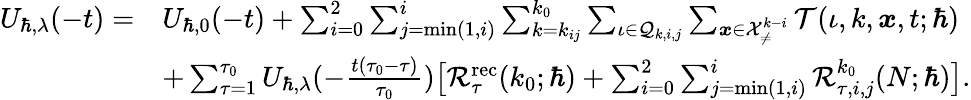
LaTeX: \begin{array}{rl}{U_{\hbar,\lambda}(-t)=}&{U_{\hbar,0}(-t)+\sum_{i=0}^{2}\sum_{j=\operatorname*{min}(1,i)}^{i}\sum_{k=k_{ij}}^{k_{0}}\sum_{\iota\in\mathcal{Q}_{k,i,j}}\sum_{\boldsymbol{x}\in\mathcal{X}_{\neq}^{k-i}}\mathcal{T}(\iota,k,\boldsymbol{x},t;\hbar)}\\ &{+\sum_{\tau=1}^{\tau_{0}}U_{\hbar,\lambda}(-\frac{t(\tau_{0}-\tau)}{\tau_{0}})\big[\mathcal{R}_{\tau}^{\mathrm{rec}}(k_{0};\hbar)+\sum_{i=0}^{2}\sum_{j=\operatorname*{min}(1,i)}^{i}\mathcal{R}_{\tau,i,j}^{k_{0}}(N;\hbar)\big].}\end{array}